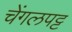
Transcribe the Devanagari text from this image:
चेंगलपट्ट